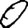
Digit: 0